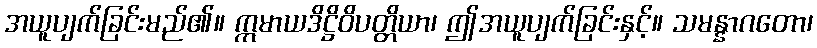
အယူပျက်ခြင်းမည်၏။ ဣမာယဒိဋ္ဌိဝိပတ္တိယာ၊ ဤအယူပျက်ခြင်းနှင့်။ သမန္နာဂတော၊